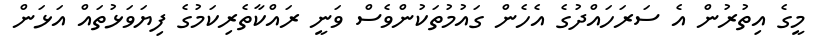
މީގެ އިތުރުން އެ ސަރަހައްދުގެ އެހެން ގައުމުތަކުންވެސް ވަނީ ރައްކާތެރިކަމުގެ ފިޔަވަޅުތައް އަޅަން